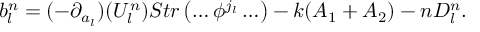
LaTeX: b _ { l } ^ { n } = ( - \partial _ { a _ { l } } ) ( U _ { l } ^ { n } ) S t r \left( \ldots \phi ^ { j _ { l } } \ldots \right) - k ( A _ { 1 } + A _ { 2 } ) - n D _ { l } ^ { n } .